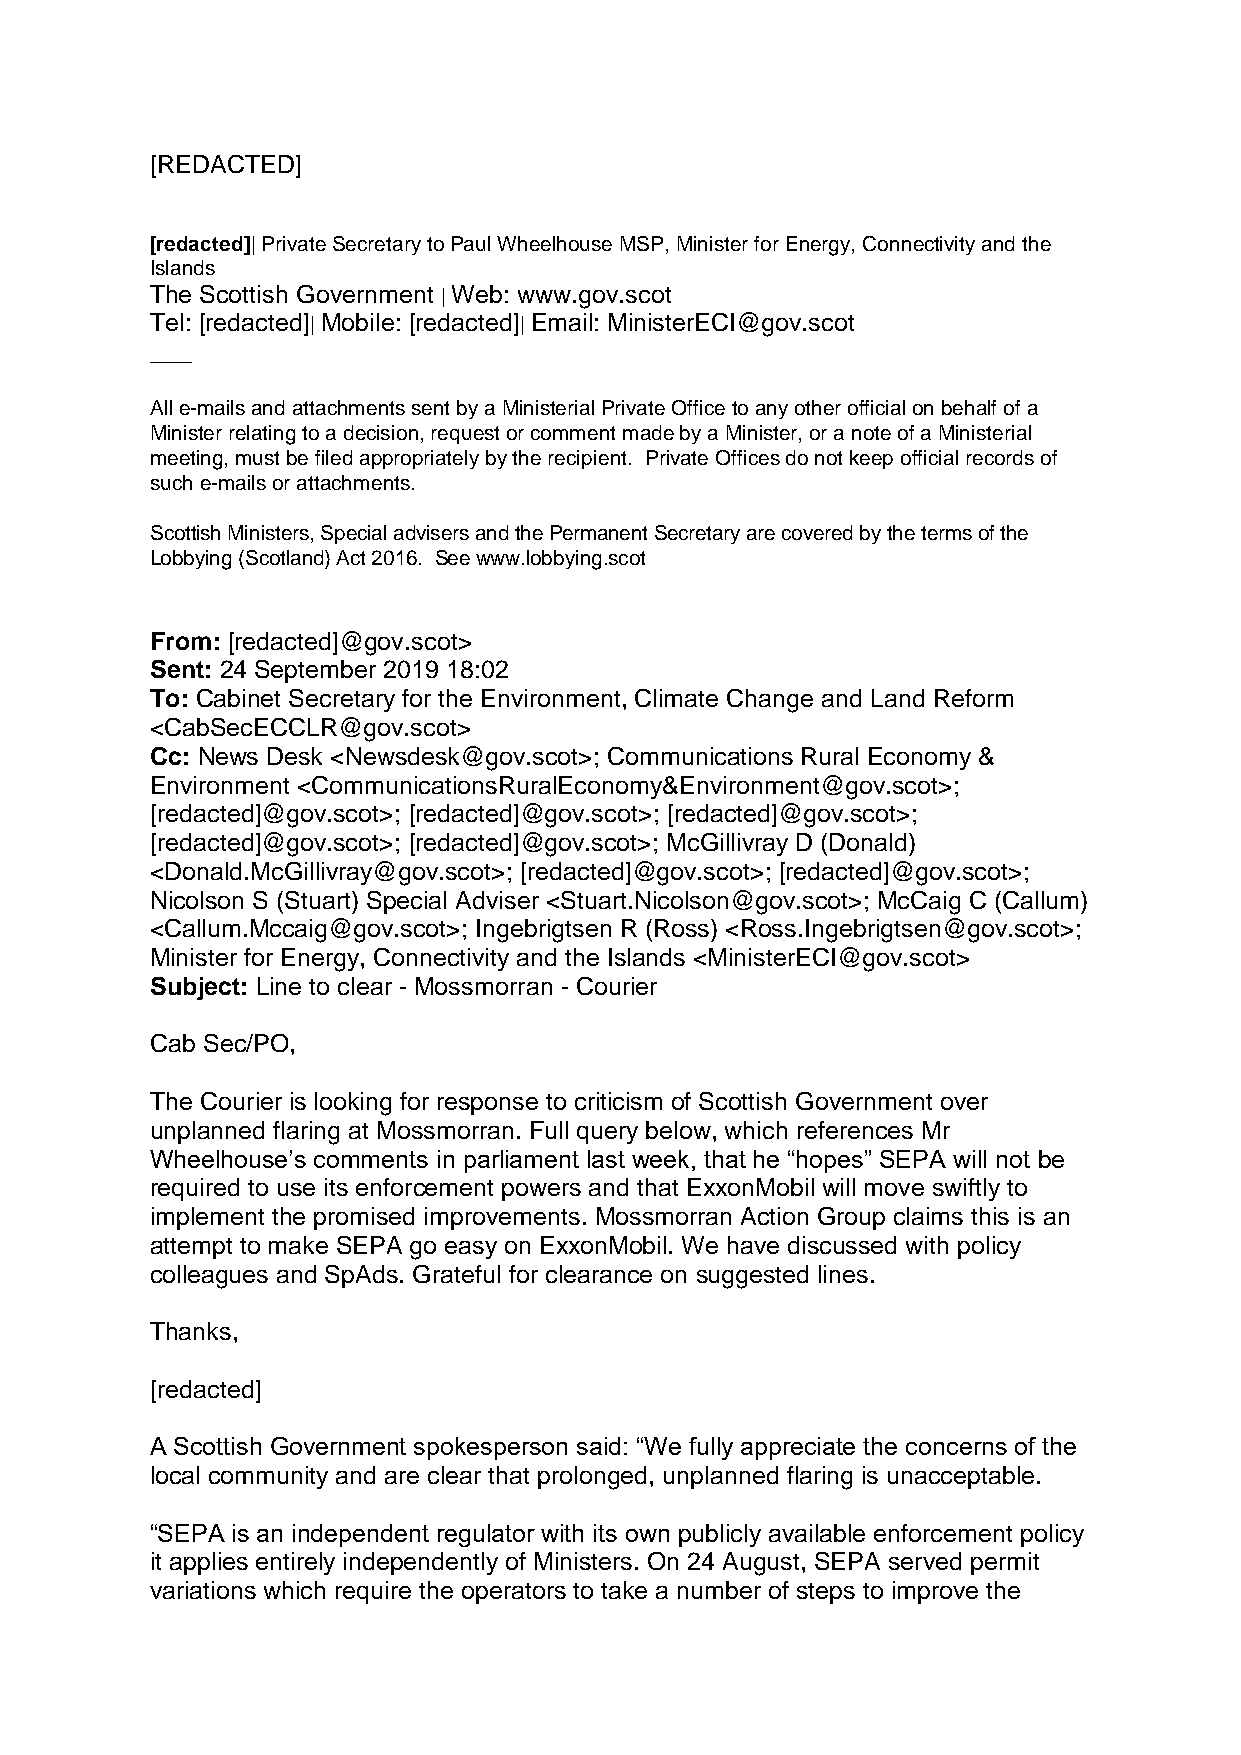
[REDACTED]
 [redacted]| Private Secretary to Paul Wheelhouse MSP, Minister for Energy, Connectivity and the
 Islands
 The Scottish Government | Web: www.gov.scot
 Tel: [redacted]| Mobile: [redacted]| Email: MinisterECI@gov.scot
 ___
 All e-mails and attachments sent by a Ministerial Private Office to any other official on behalf of a
 Minister relating to a decision, request or comment made by a Minister, or a note of a Ministerial
 meeting, must be filed appropriately by the recipient. Private Offices do not keep official records of
 such e-mails or attachments.
 Scottish Ministers, Special advisers and the Permanent Secretary are covered by the terms of the
 Lobbying (Scotland) Act 2016. See www.lobbying.scot
 From: [redacted]@gov.scot>
 Sent: 24 September 2019 18:02
 To: Cabinet Secretary for the Environment, Climate Change and Land Reform
 <CabSecECCLR@gov.scot>
 Cc: News Desk <Newsdesk@gov.scot>; Communications Rural Economy &
 Environment <CommunicationsRuralEconomy&Environment@gov.scot>;
 [redacted]@gov.scot>; [redacted]@gov.scot>; [redacted]@gov.scot>;
 [redacted]@gov.scot>; [redacted]@gov.scot>; McGillivray D (Donald)
 <Donald.McGillivray@gov.scot>; [redacted]@gov.scot>; [redacted]@gov.scot>;
 Nicolson S (Stuart) Special Adviser <Stuart.Nicolson@gov.scot>; McCaig C (Callum)
 <Callum.Mccaig@gov.scot>; Ingebrigtsen R (Ross) <Ross.Ingebrigtsen@gov.scot>;
 Minister for Energy, Connectivity and the Islands <MinisterECI@gov.scot>
 Subject: Line to clear - Mossmorran - Courier
 Cab Sec/PO,
 The Courier is looking for response to criticism of Scottish Government over
 unplanned flaring at Mossmorran. Full query below, which references Mr
 Wheelhouse’s comments in parliament last week, that he “hopes” SEPA will not be
 required to use its enforcement powers and that ExxonMobil will move swiftly to
 implement the promised improvements. Mossmorran Action Group claims this is an
 attempt to make SEPA go easy on ExxonMobil. We have discussed with policy
 colleagues and SpAds. Grateful for clearance on suggested lines.
 Thanks,
 [redacted]
 A Scottish Government spokesperson said: “We fully appreciate the concerns of the
 local community and are clear that prolonged, unplanned flaring is unacceptable.
 “SEPA is an independent regulator with its own publicly available enforcement policy
 it applies entirely independently of Ministers. On 24 August, SEPA served permit
 variations which require the operators to take a number of steps to improve the